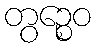
တွဉ္စေဝ